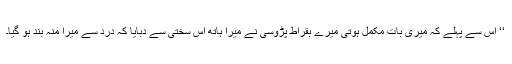
‘‘ اس سے پہلے کہ میری بات مکمل ہوتی میرے بقراط پڑوسی نے میرا ہاتھ اس سختی سے دبایا کہ درد سے میرا منہ بند ہو گیا۔